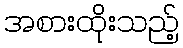
အစားထိုးသည့်